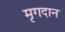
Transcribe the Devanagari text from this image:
मृगदान